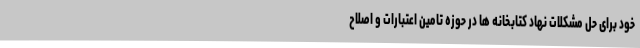
خود برای حل مشکلات نهاد کتابخانه ها در حوزه تامین اعتبارات و اصلاح